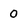
Character: 0